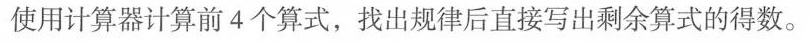
使用计算器计算前4个算式，找出规律后直接写出剩余算式的得数。